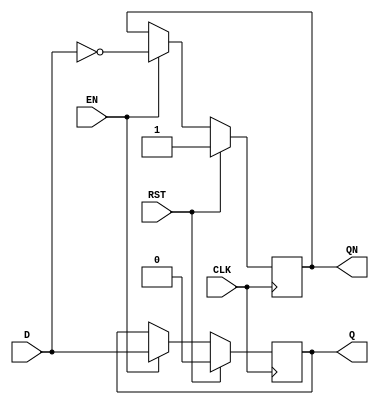
    `timescale 1ns / 1ps
    //////////////////////////////////////////////////////////////////////////////////
    // Company: 
    // Engineer: 
    // 
    // Design Name: 
    // Module Name: D_ff
    // Project Name: 
    // Target Devices: 
    // Tool Versions: 
    // Description: 
    // 
    // Dependencies: 
    // 
    // Revision:
    // Revision 0.01 - File Created
    // Additional Comments:
    // 
    //////////////////////////////////////////////////////////////////////////////////


    module D_ff(Q, QN, D, EN, RST, CLK); //
        output reg Q, QN; // QQ
        input D;    // 
        input EN, RST, CLK;  //EN RST CLK

        // 
        always @(posedge CLK) begin // 
        //always @ (posedge CLK, posedge RST) begin // CLK
            if(RST) begin Q <= 1'b0; QN <= 1'b1; end
            else if(EN) begin Q <= D; QN <= ~D; end
        end
    endmodule